Civil Veterinary Dept. Bombay admin report 1900-1906 - 1900-1906
Year: 1900
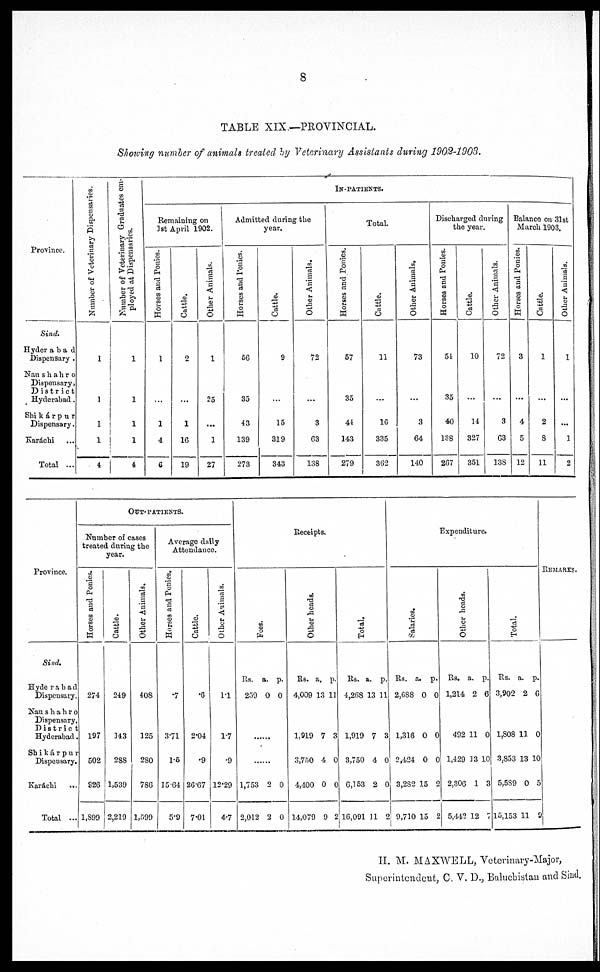
8
TABLE XIX.—PROVINCIAL.
Showing number of animals treated by Veterinary Assistants during 1902-1903.
Province.
Sind.
Hyderabad
Dispensary .
Nau shahro
Dispensary,
District
Hyderabad.
Shi kárpur
Dispensary.
Karáchi
...
Total ...
Number of Veterinary Dispensaries.
1
1
1
1
4
Number of Veterinary Graduates em-
ployed at Dispensaries.
1
1
1
1
4
IN-PATIENTS.
Remaining on
1st April 1902.
Horses and Ponies.
1
…
1
4
6
Cattle.
2
...
1
16
19
Other Animals.
1
25
...
1
27
Admitted during the
year.
Horses and Ponies.
66
35
43
139
273
Cattle.
9
…
15
319
343
Other Animals.
72
...
3
63
138
Total.
Horses and Ponies.
57
35
41
143
279
Cattle.
11
…
16
335
362
Other Animals.
73
...
3
64
140
Discharged during
the year.
Horses and Ponies.
54
35
40
138
267
Cattle.
10
...
14
327
351
Other Animals.
72
...
3
63
138
Balance on 31st
March 1903.
Horses and Ponies.
3
...
4
5
12
Cattle.
1
...
2
8
11
Other Animals.
1
...
...
1
2
Province.
Sind.
Hyde r a b a d
Dispensary.
Nan shahro
Dispensary,
District
Hyderabad.
Shikárpur
Dispensary.
Karáchi
...
Total ...
OUT-PATIENTS.
Number of cases
treated during the
year.
Horses and Ponies.
274
197
502
926
1,890
Cattle.
249
143
288
1,539
2,219
Other Animals.
408
125
280
786
1,599
Average daily
Attendance.
Horses and Ponies.
.7
3.71
1.5
15.64
5.9
Cattle.
.6
2.04
.9
26.67
7.01
Other Animals.
1.1
1.7
.9
12.29
4.7
Receipts.
Fees.
Rs. a. p.
259 0 0
……
……
1,753 2 0
2,012 2 0
Other heads.
Rs. a. p.
4,009 13 11
1,919 7 3
3,750 4 0
4,400 0 0
14,079 9 2
Total.
Rs. a. p.
4,268 13 11
1,919 7 3
3,750 4 0
6,153 2 0
16,091 11 2
Expenditure.
Salaries.
Rs. a. p.
2,688 0 0
1,316 0 0
2,424 0 0
3,282 15 2
9,710 15 2
Other heads.
Rs. a. p.
1,214 2 6
492 11 0
1,429 13 10
2,306 1 3
5,442 12 7
Total.
Rs. a. p.
3,902 2 6
1,808 11 0
3,853 13 10
5,5S89 0 5
15,153 11 9
REMARKS.
II. M. MAXWELL, Veterinary-Major,
Superintendent, C. V. D., Baluchistan and Sind.